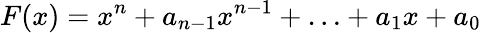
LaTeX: F(x)=x^{n}+a_{n-1}x^{n-1}+\ldots+a_{1}x+a_{0}